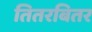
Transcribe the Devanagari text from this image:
तितरबितर